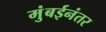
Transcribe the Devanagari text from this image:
मुंबईनंतर